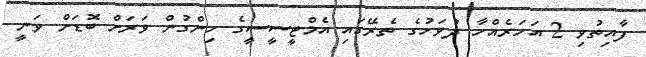
ފާއިތުވި 2 އަހަރެއްހާ ދުވަހުގެ ތެރޭގައި އެމްޓީސީސީގެ ހިންގުން ވަރަށް ބޮޑަށް ވަނީ